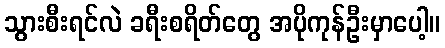
သွားစီးရင်လဲ ခရီးစရိတ်တွေ အပိုကုန်ဦးမှာပေါ့။